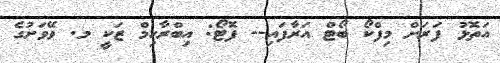
އަތޮޅު ފަރަށް މިފްކޯ ބޯޓް އަރާފައި-- ފޮޓޯ: އިބްރާހިމް ޒަކީ މ. ވޭވަށުގެ